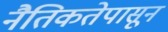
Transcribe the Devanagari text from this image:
नैतिकतेपासून